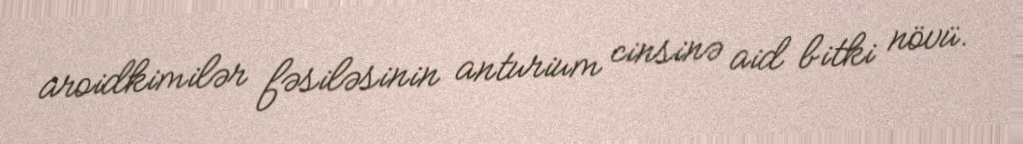
aroidkimilər fəsiləsinin anturium cinsinə aid bitki növü.